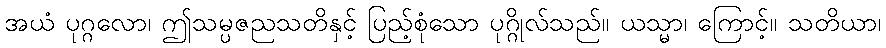
အယံ ပုဂ္ဂလော၊ ဤသမ္ပဇညသတိနှင့် ပြည့်စုံသော ပုဂ္ဂိုလ်သည်။ ယသ္မာ၊ ကြောင့်။ သတိယာ၊